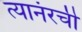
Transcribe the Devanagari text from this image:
त्यानंरची